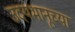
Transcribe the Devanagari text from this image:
उदयभानूच्या